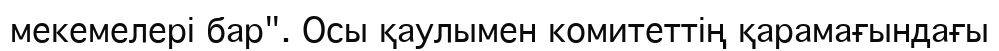
мекемелері бар". Осы қаулымен комитеттің қарамағындағы